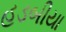
હડબીયા